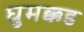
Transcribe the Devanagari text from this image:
घुमक्कड